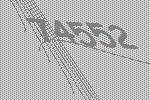
74552